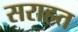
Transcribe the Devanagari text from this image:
सराहत